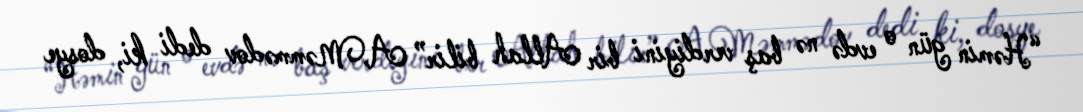
“Həmin gün o evdə nə baş verdiyini bir Allah bilir” A.Məmmədov dedi ki, dosye